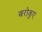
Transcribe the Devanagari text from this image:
बरोकुए